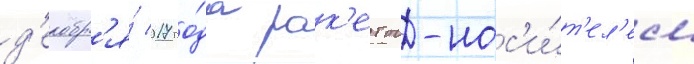
д'екабр'я́ 2017 го́да рак'етои-нос'и́т'ел'ем